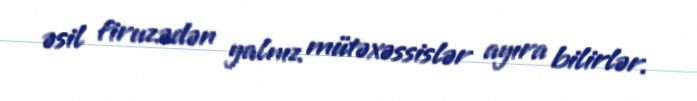
əsil firuzədən yalnız mütəxəssislər ayıra bilirlər.